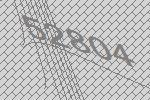
52804